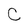
Character: C